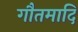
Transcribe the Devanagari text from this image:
गौतमादि